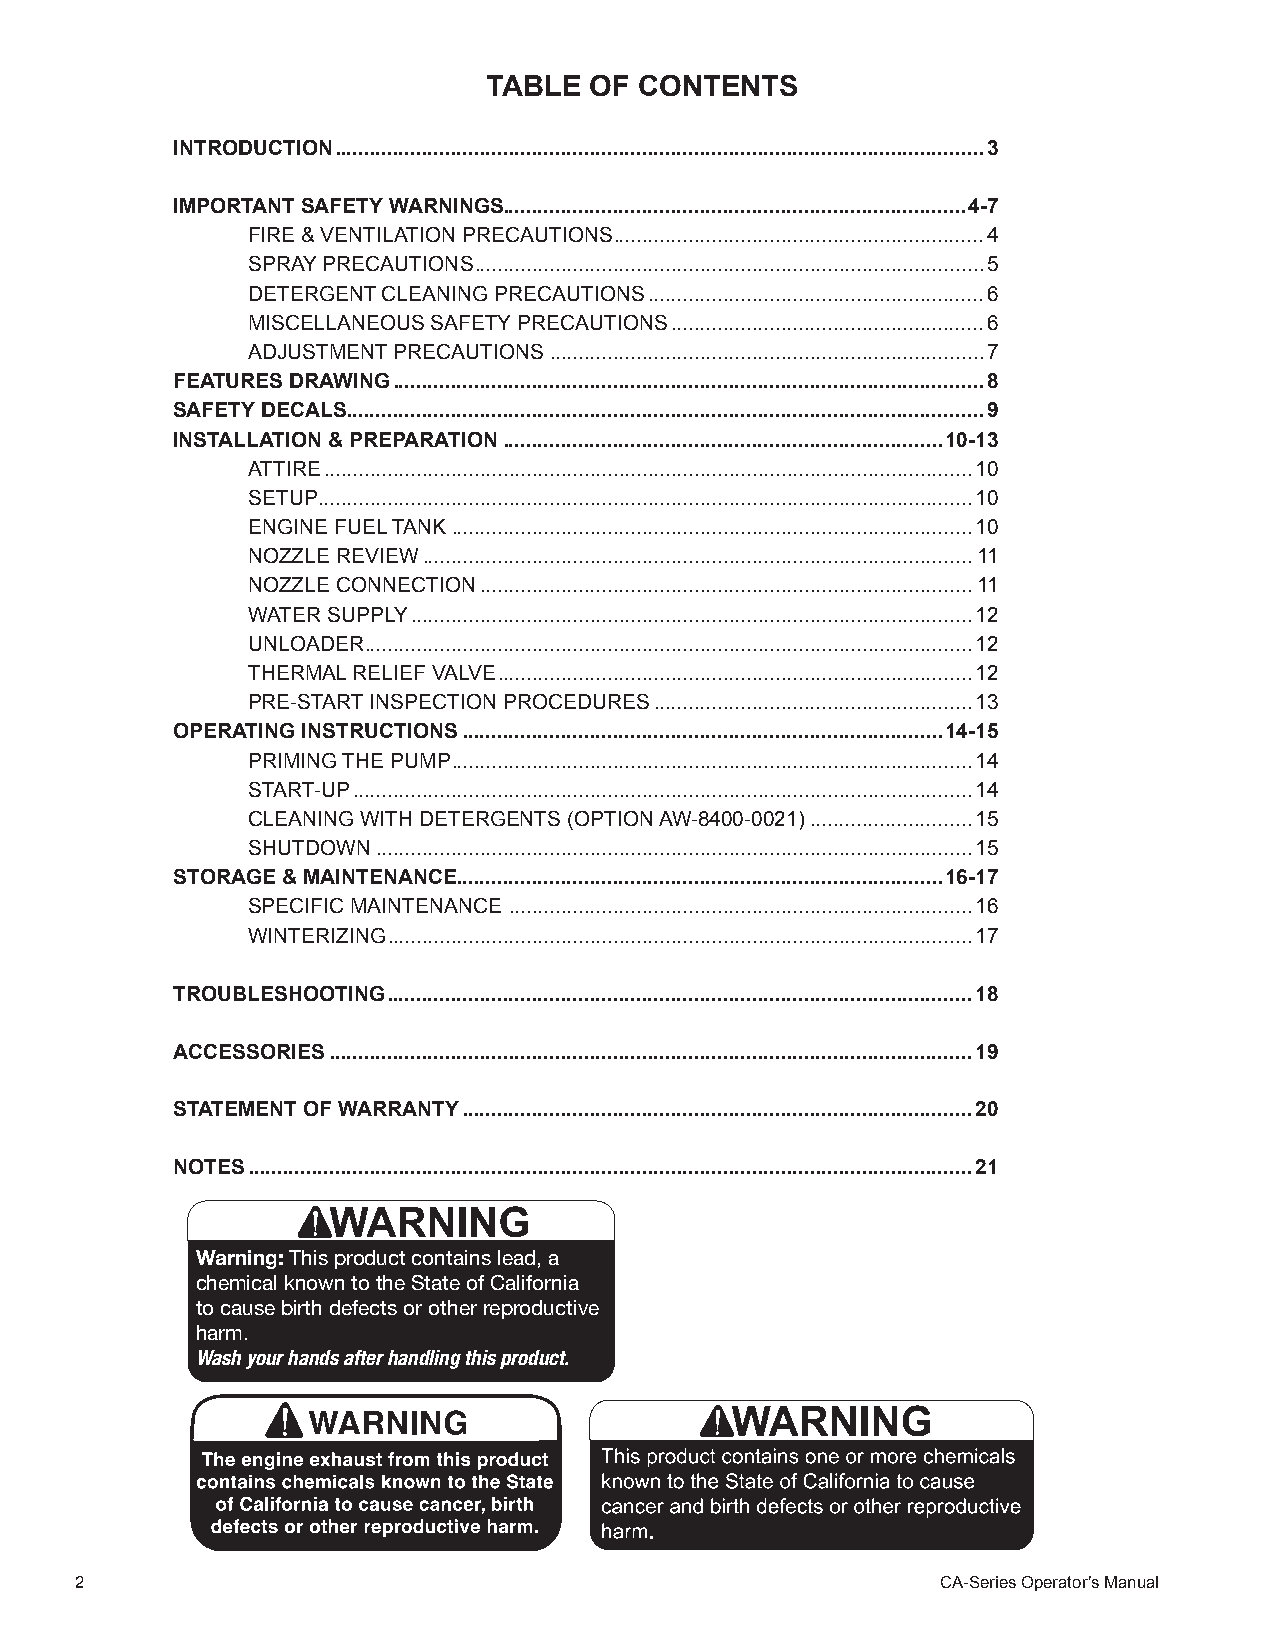
TABLE  OF CONTENTS
 INTRODUCTION ................................................................................................................3
 IMPORTANT SAFETY WARNINGS................................................................................4-7
 FIRE & VENTILATION PRECAUTIONS ................................................................4
 SPRAY PRECAUTIONS ........................................................................................5
 DETERGENT CLEANING PRECAUTIONS ..........................................................6
 MISCELLANEOUS SAFETY PRECAUTIONS ......................................................6
 ADJUSTMENT PRECAUTIONS ...........................................................................7
 FEATURES DRAWING ......................................................................................................8
 SAFETY DECALS ..............................................................................................................9
 INSTALLATION & PREPARATION ............................................................................10-13
 ATTIRE ................................................................................................................10
 SETUP .................................................................................................................10
 ENGINE FUEL TANK ..........................................................................................10
 NOZZLE REVIEW ...............................................................................................11
 NOZZLE CONNECTION .....................................................................................11
 WATER SUPPLY .................................................................................................12
 UNLOADER .........................................................................................................12
 THERMAL RELIEF VALVE ..................................................................................12
 PRE-START INSPECTION PROCEDURES .......................................................13
 OPERATING INSTRUCTIONS ...................................................................................14-15
 PRIMING THE PUMP ..........................................................................................14
 START-UP ...........................................................................................................14
 CLEANING WITH DETERGENTS (OPTION AW-8400-0021) ............................15
 SHUTDOWN .......................................................................................................15
 STORAGE & MAINTENANCE ....................................................................................16-17
 SPECIFIC MAINTENANCE ................................................................................16
 WINTERIZING .....................................................................................................17
 TROUBLESHOOTING .....................................................................................................18
 ACCESSORIES ...............................................................................................................19
 STATEMENT OF WARRANTY ........................................................................................20
 NOTES .............................................................................................................................21
 Warning: This product contains lead, a
 chemical known to the State of California
 to cause birth defects or other reproductive
 harm.
 Wash your hands after handling this product.
 2                                                        CA-Series Operator’s Manual